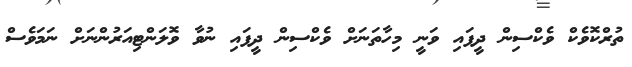
ތުރްކޮވެކް ވެކްސިން ދީފައި ވަނީ މިހާތަނަށް ވެކްސިން ދީފައި ނުވާ ވޮލަންޓިއަރުންނަށް ނަމަވެސް